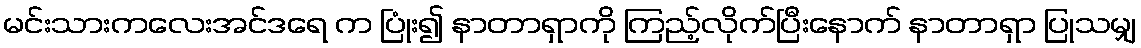
မင်းသားကလေးအင်ဒရေ က ပြုံး၍ နာတာရှာကို ကြည့်လိုက်ပြီးနောက် နာတာရှာ ပြုသမျှ